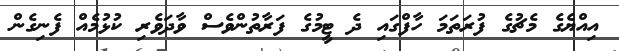
އިއްޔެގެ މެޗުގެ ފުރަތަމަ ހާފްގައި ދެ ޓީމުގެ ފަރާތުންވެސް ވާދަވެރި ކުޅުމެއް ފެނިގެން